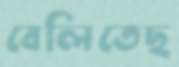
বেলিতেছ